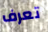
تعرف